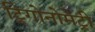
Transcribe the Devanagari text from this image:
ट्रिगोनोमेट्री